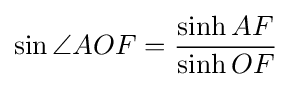
\sin \angle AOF={\frac {\sinh AF}{\sinh OF}}